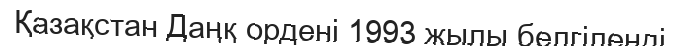
Қазақстан Даңқ ордені 1993 жылы белгіленді.